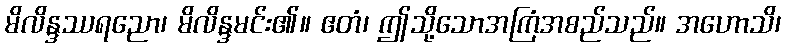
မိလိန္ဒဿရညော၊ မိလိန္ဒမင်း၏။ ဧတံ၊ ဤသို့သောအကြံအစည်သည်။ အဟောသိ၊